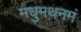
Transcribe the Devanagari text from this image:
मधुमथनमं